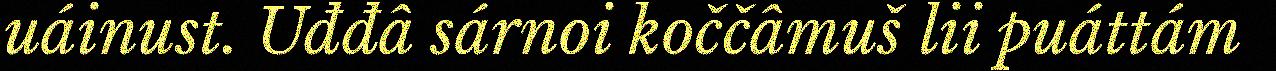
uáinust. Uđđâ sárnoi koččâmuš lii puáttám